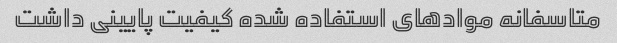
متاسفانه مواد‌های استفاده شده کیفیت پایینی داشت